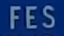
FES